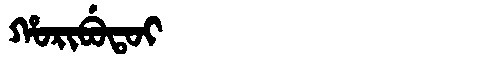
Manchu: ᡥᠣᡵᡳᠪᡠᡨᠣᡳ
Romanization: HORIBUTOI